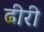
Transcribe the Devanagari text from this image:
ढीरी